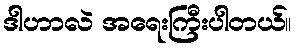
ဒါဟာလဲ အရေးကြီးပါတယ်။